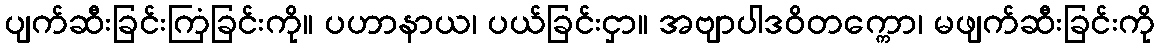
ပျက်ဆီးခြင်းကြံခြင်းကို။ ပဟာနာယ၊ ပယ်ခြင်းငှာ။ အဗျာပါဒဝိတက္ကော၊ မဖျက်ဆီးခြင်းကို